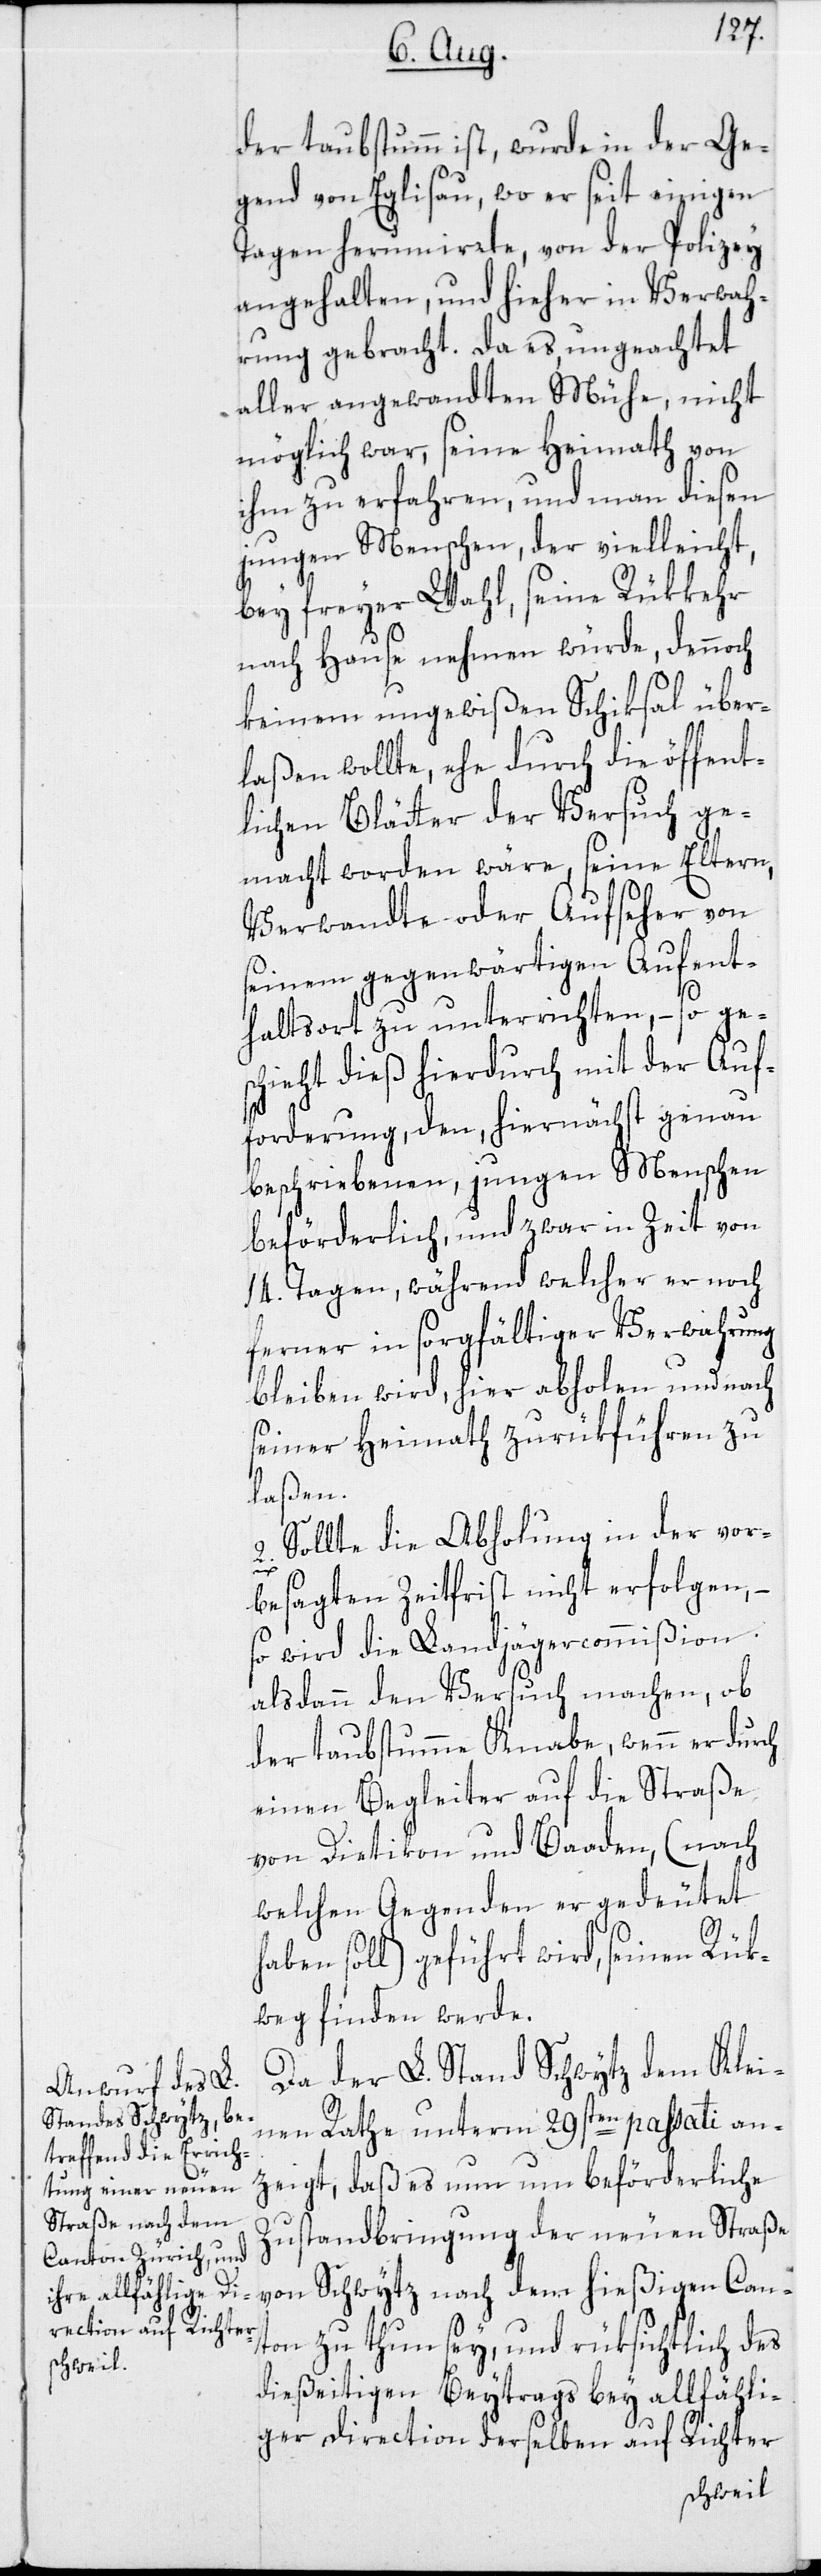
der taubstumm ist, wurde in der Ge¬
gend von Eglisau, wo er seit einigen
Tagen herumirrte, von der Polizey
angehalten, und hieher in Verwah¬
rung gebracht. Da es, ungeachtet
aller angewandten Mühe, nicht
möglich war, seine Heymath von
ihm zu erfahren, und man diesen
jungen Menschen, der vielleicht,
bey freyer Wahl, seine Rükkehr
nach Hause nehmen würde, dennoch
keinem ungewißen Schiksal über¬
laßen wollte, ehe durch die öffent¬
lichen Blätter der Versuch ge¬
macht worden wäre, seine Eltern,
Verwandte oder Aufseher von
seinem gegenwärtigen Aufent¬
haltsort zu unterrichten, – so ge¬
schieht dieß hierdurch mit der Auf¬
forderung, den, hiernächst genau
beschriebenen, jungen Menschen
beförderlich, und zwar in Zeit von
14. Tagen, während welcher er noch
ferner in sorgfältiger Verwahrung
bleiben wird, hier abholen und nach
seiner Heymath zurükführen zu
laßen.
2. Sollte die Abholung in der vor¬
besagten Zeitfrist nicht erfolgen, –
so wird die Landjägercommißion
alsdann den Versuch machen, ob
der taubstumme Knabe, wenn er durch
einen Begleiter auf die Straße
von Dietikon und Baaden, (nach
welchen Gegenden er gedeutet
haben soll) geführt wird, seinen Rük¬
weg finden werde.
Da der L. Stand Schwytz dem Klei¬
nen Rathe unterm 29sten passati an¬
zeigt, daß es nun um beförderliche
Zustandbringung der neuen Straße
von Schwytz nach dem hießigen Can¬
ton zu thun sey, und rüksichtlich des
dießeitigen Beytrags bey allfähli¬
ger Direction derselben auf Richter-